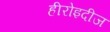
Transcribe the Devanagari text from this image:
हीरोइदीज